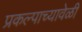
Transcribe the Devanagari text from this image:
प्रकल्पाच्यावेळी